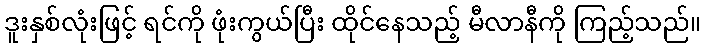
ဒူးနှစ်လုံးဖြင့် ရင်ကို ဖုံးကွယ်ပြီး ထိုင်နေသည့် မီလာနီကို ကြည့်သည်။